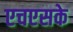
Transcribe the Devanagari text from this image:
एचएसके